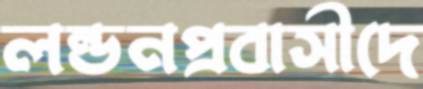
লন্ডনপ্রবাসীদে